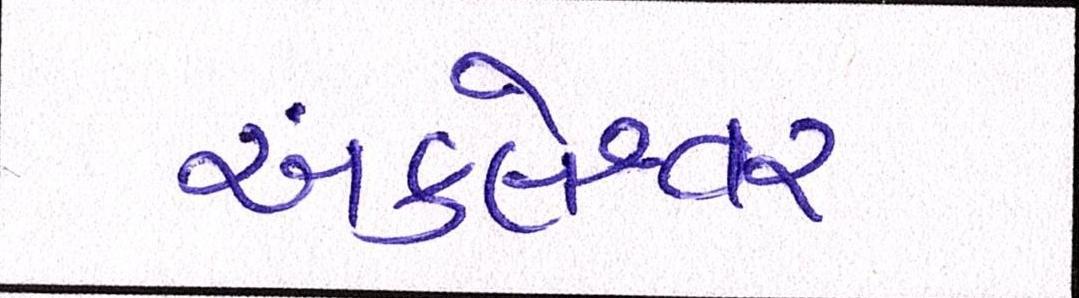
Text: અંકલેશ્વર